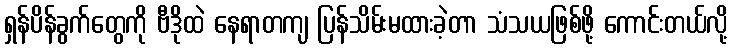
ရှန်ပိန်ခွက်တွေကို ဗီဒိုထဲ နေရာတကျ ပြန်သိမ်းမထားခဲ့တာ သံသယဖြစ်ဖို့ ကောင်းတယ်လို့